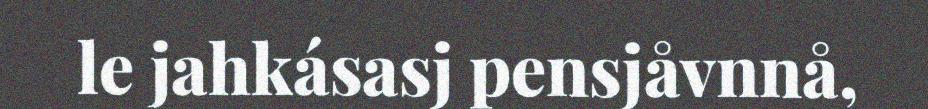
le jahkásasj pensjåvnnå,